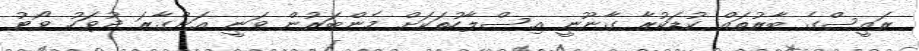
ރައީސްގެ ބާރުތައް ކުޑަކުރާ ގާނޫނީ އިސްލާހުތަކަށް މެންބަރުން ވަނީ އަންގާރަ ދުވަހު ވޯޓު